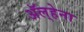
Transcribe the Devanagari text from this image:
अॅल्हेना